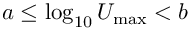
a \le \log _ { 1 0 } U _ { \mathrm { m a x } } < b